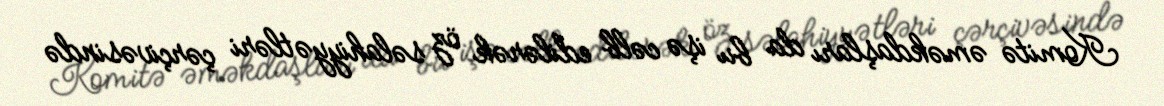
Komitə əməkdaşları da bu işə cəlb edilərək öz səlahiyyətləri çərçivəsində